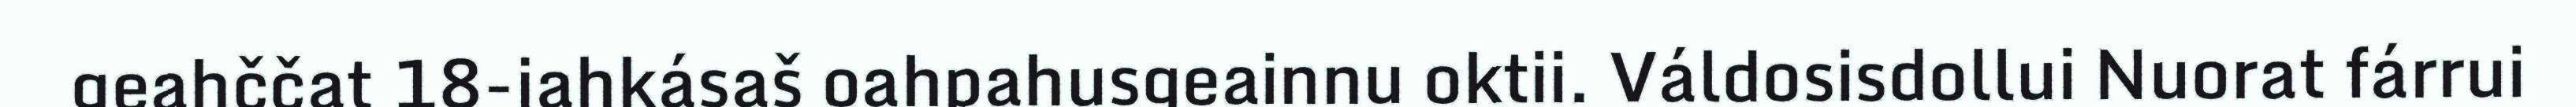
geahččat 18-jahkásaš oahpahusgeainnu oktii. Váldosisdollui Nuorat fárrui